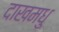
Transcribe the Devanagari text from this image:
दाखमधु